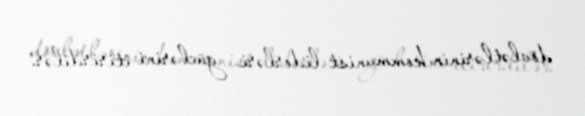
dövlətlərinin kommunist liderləri güclərini itirirdilər.